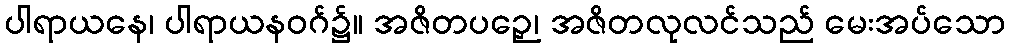
ပါရာယနေ၊ ပါရာယနဝဂ်၌။ အဇိတပဉှေ၊ အဇိတလုလင်သည် မေးအပ်သော